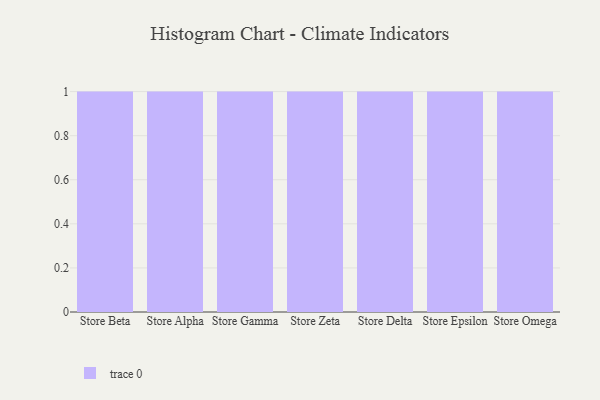
{"axis": {"x": "Store", "y": "Active Users"}, "legend": [""], "data": [{"x": "Store Beta", "y": 28, "type": ""}, {"x": "Store Alpha", "y": 97, "type": ""}, {"x": "Store Gamma", "y": 12, "type": ""}, {"x": "Store Zeta", "y": 51, "type": ""}, {"x": "Store Delta", "y": 85, "type": ""}, {"x": "Store Epsilon", "y": 4, "type": ""}, {"x": "Store Omega", "y": 54, "type": ""}]}